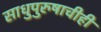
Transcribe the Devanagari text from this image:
साधुपुरुषाचीही